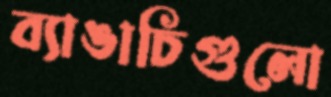
ব্যাঙাচিগুলো